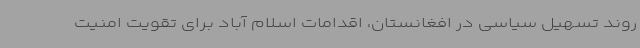
روند تسهیل سیاسی در افغانستان، اقدامات اسلام آباد برای تقویت امنیت